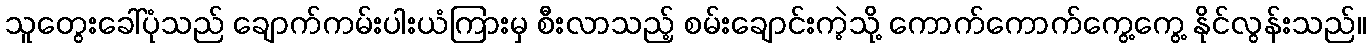
သူတွေးခေါ်ပုံသည် ချောက်ကမ်းပါးယံကြားမှ စီးလာသည့် စမ်းချောင်းကဲ့သို့ ကောက်ကောက်ကွေ့ကွေ့ နိုင်လွန်းသည်။